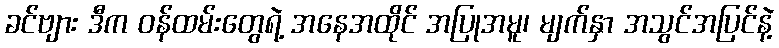
ခင်ဗျား ဒီက ဝန်ထမ်းတွေရဲ့ အနေအထိုင် အပြုအမူ၊ မျက်နှာ အသွင်အပြင်နဲ့